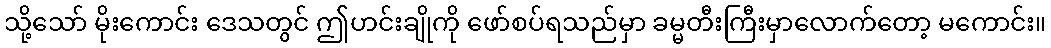
သို့သော် မိုးကောင်း ဒေသတွင် ဤဟင်းချိုကို ဖော်စပ်ရသည်မှာ ခမ္မတီးကြီးမှာလောက်တော့ မကောင်း။